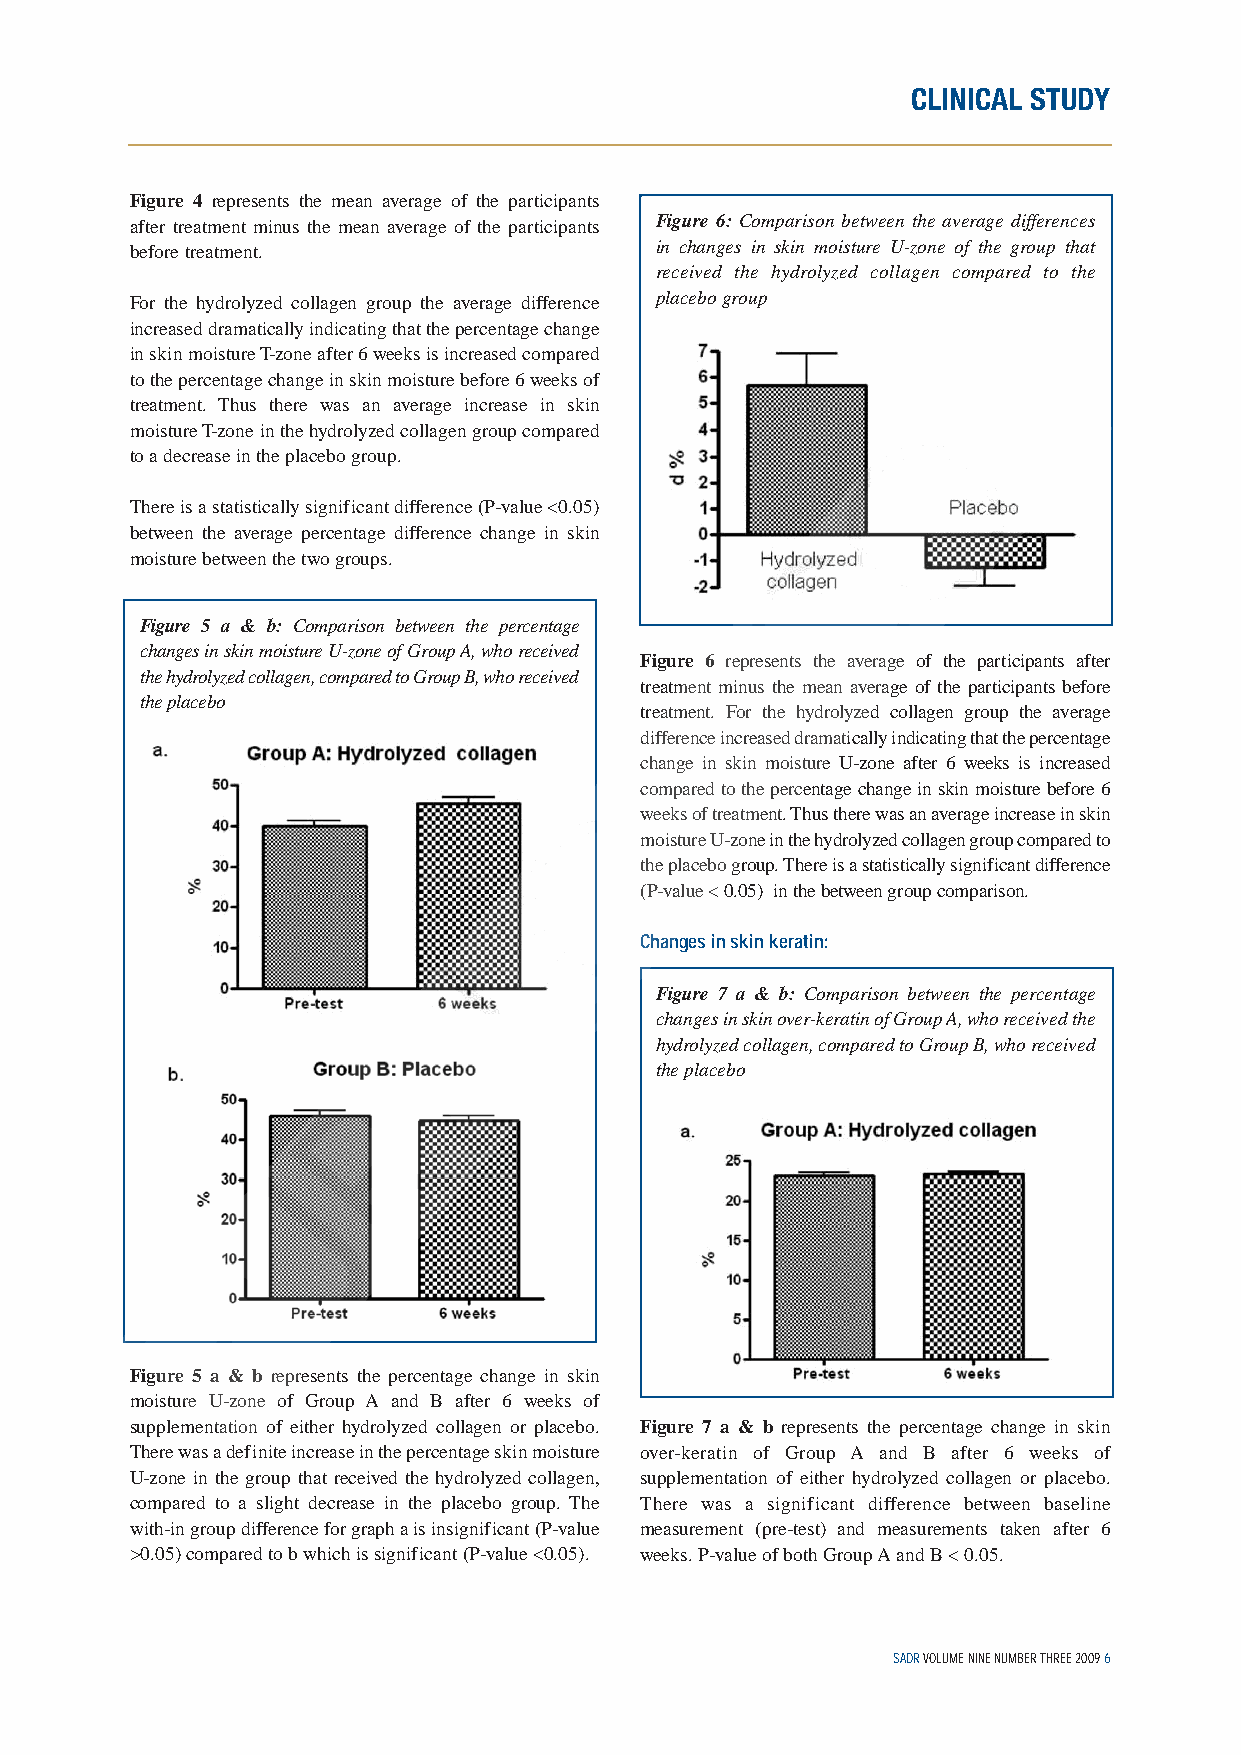
CLINICAL STUDY
 Figure 4 represents the mean average of the participants
 after treatment minus the mean average of the participants Figure 6: Comparison between the average differences
 before treatment.                 in changes in skin moisture U-zone of the group that
 received the hydrolyzed collagen compared to the
 For the hydrolyzed collagen group the average difference placebo group
 increased dramatically indicating that the percentage change
 in skin moisture T-zone after 6 weeks is increased compared
 to the percentage change in skin moisture before 6 weeks of
 treatment. Thus there was an average increase in skin
 moisture T-zone in the hydrolyzed collagen group compared
 to a decrease in the placebo group.
 There is a statistically significant difference (P-value <0.05)
 between the average percentage difference change in skin
 moisture between the two groups.
 Figure 5 a & b: Comparison between the percentage
 changes in skin moisture U-zone of Group A, who received
 Figure 6 represents the average of the participants after
 the hydrolyzed collagen, compared to Group B, who received
 treatment minus the mean average of the participants before
 the placebo
 treatment. For the hydrolyzed collagen group the average
 difference increased dramatically indicating that the percentage
 change in skin moisture U-zone after 6 weeks is increased
 compared to the percentage change in skin moisture before 6
 weeks of treatment. Thus there was an average increase in skin
 moisture U-zone in the hydrolyzed collagen group compared to
 the placebo group. There is a statistically significant difference
 (P-value < 0.05) in the between group comparison.
 Changes in skin keratin:
 Figure 7 a & b: Comparison between the percentage
 changes in skin over-keratin of Group A, who received the
 hydrolyzed collagen, compared to Group B, who received
 the placebo
 Figure 5 a & b represents the percentage change in skin
 moisture U-zone of Group A and B after 6 weeks of
 supplementation of either hydrolyzed collagen or placebo. Figure 7 a & b represents the percentage change in skin
 There was a definite increase in the percentage skin moisture over-keratin of Group A and B after 6 weeks of
 U-zone in the group that received the hydrolyzed collagen, supplementation of either hydrolyzed collagen or placebo.
 compared to a slight decrease in the placebo group. The There was a significant difference between baseline
 with-in group difference for graph a is insignificant (P-value measurement (pre-test) and measurements taken after 6
 >0.05) compared to b which is significant (P-value <0.05). weeks. P-value of both Group A and B < 0.05.
 SADR VOLUME NINE NUMBER THREE 2009 6